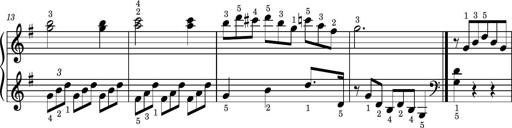
Title: Easy Progressive Lessons and 4 Sonatinas
Composer: Thomas Attwood